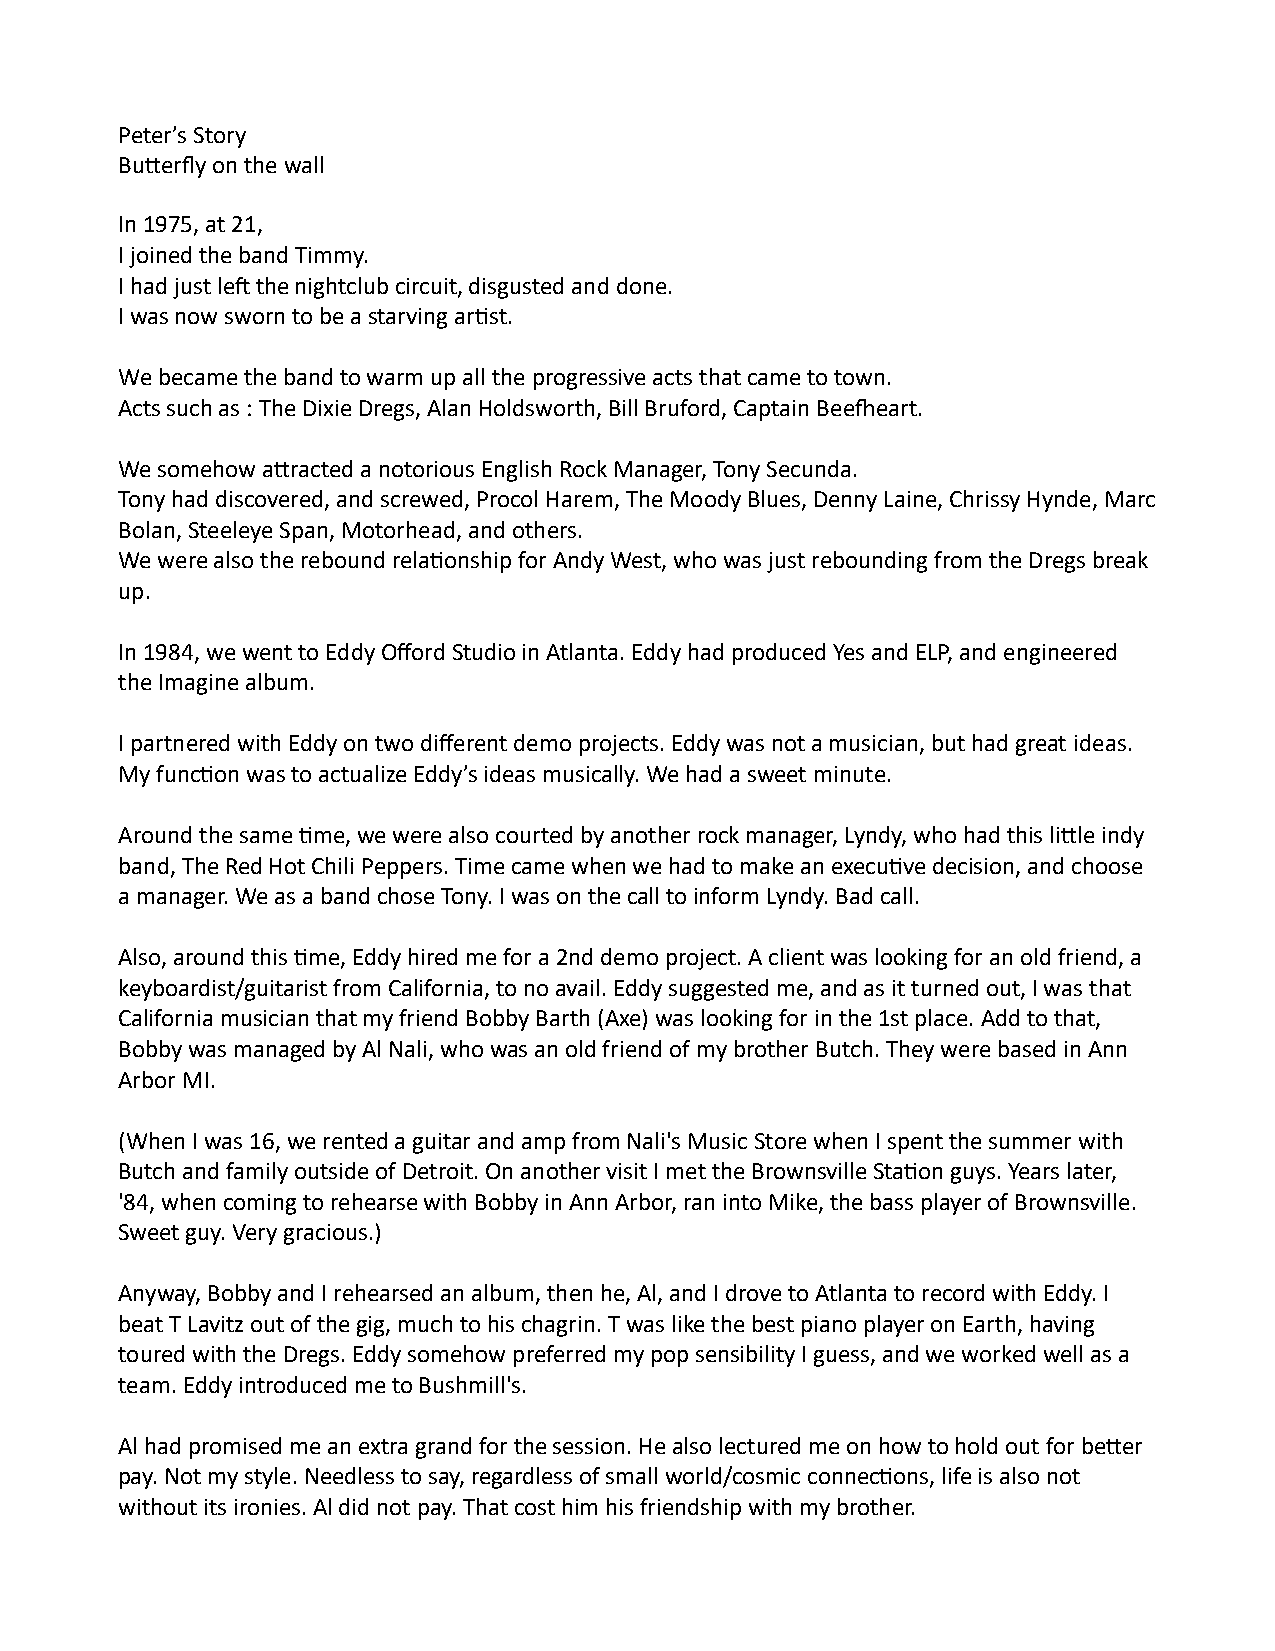
Peter’s Story
 Butterfly on the wall
 In 1975, at 21,
 I joined the band Timmy.
 I had just left the nightclub circuit, disgusted and done.
 I was now sworn to be a starving artist.
 We became the band to warm up all the progressive acts that came to town.
 Acts such as : The Dixie Dregs, Alan Holdsworth, Bill Bruford, Captain Beefheart.
 We somehow attracted a notorious English Rock Manager, Tony Secunda.
 Tony had discovered, and screwed, Procol Harem, The Moody Blues, Denny Laine, Chrissy Hynde, Marc
 Bolan, Steeleye Span, Motorhead, and others.
 We were also the rebound relationship for Andy West, who was just rebounding from the Dregs break
 up.
 In 1984, we went to Eddy Offord Studio in Atlanta. Eddy had produced Yes and ELP, and engineered
 the Imagine album.
 I partnered with Eddy on two different demo projects. Eddy was not a musician, but had great ideas.
 My function was to actualize Eddy’s ideas musically. We had a sweet minute.
 Around the same time, we were also courted by another rock manager, Lyndy, who had this little indy
 band, The Red Hot Chili Peppers. Time came when we had to make an executive decision, and choose
 a manager. We as a band chose Tony. I was on the call to inform Lyndy. Bad call.
 Also, around this time, Eddy hired me for a 2nd demo project. A client was looking for an old friend, a
 keyboardist/guitarist from California, to no avail. Eddy suggested me, and as it turned out, I was that
 California musician that my friend Bobby Barth (Axe) was looking for in the 1st place. Add to that,
 Bobby was managed by Al Nali, who was an old friend of my brother Butch. They were based in Ann
 Arbor MI.
 (When I was 16, we rented a guitar and amp from Nali's Music Store when I spent the summer with
 Butch and family outside of Detroit. On another visit I met the Brownsville Station guys. Years later,
 '84, when coming to rehearse with Bobby in Ann Arbor, ran into Mike, the bass player of Brownsville.
 Sweet guy. Very gracious.)
 Anyway, Bobby and I rehearsed an album, then he, Al, and I drove to Atlanta to record with Eddy. I
 beat T Lavitz out of the gig, much to his chagrin. T was like the best piano player on Earth, having
 toured with the Dregs. Eddy somehow preferred my pop sensibility I guess, and we worked well as a
 team. Eddy introduced me to Bushmill's.
 Al had promised me an extra grand for the session. He also lectured me on how to hold out for better
 pay. Not my style. Needless to say, regardless of small world/cosmic connections, life is also not
 without its ironies. Al did not pay. That cost him his friendship with my brother.